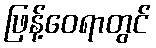
ဖြန့်ဝေရာတွင်